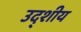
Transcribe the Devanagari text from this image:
उद्शीय